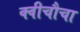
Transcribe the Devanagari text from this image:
क्वीचौचा